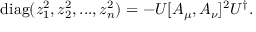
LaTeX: \mathrm { d i a g } ( z _ { 1 } ^ { 2 } , z _ { 2 } ^ { 2 } , . . . , z _ { n } ^ { 2 } ) = - U [ A _ { \mu } , A _ { \nu } ] ^ { 2 } U ^ { \dagger } .